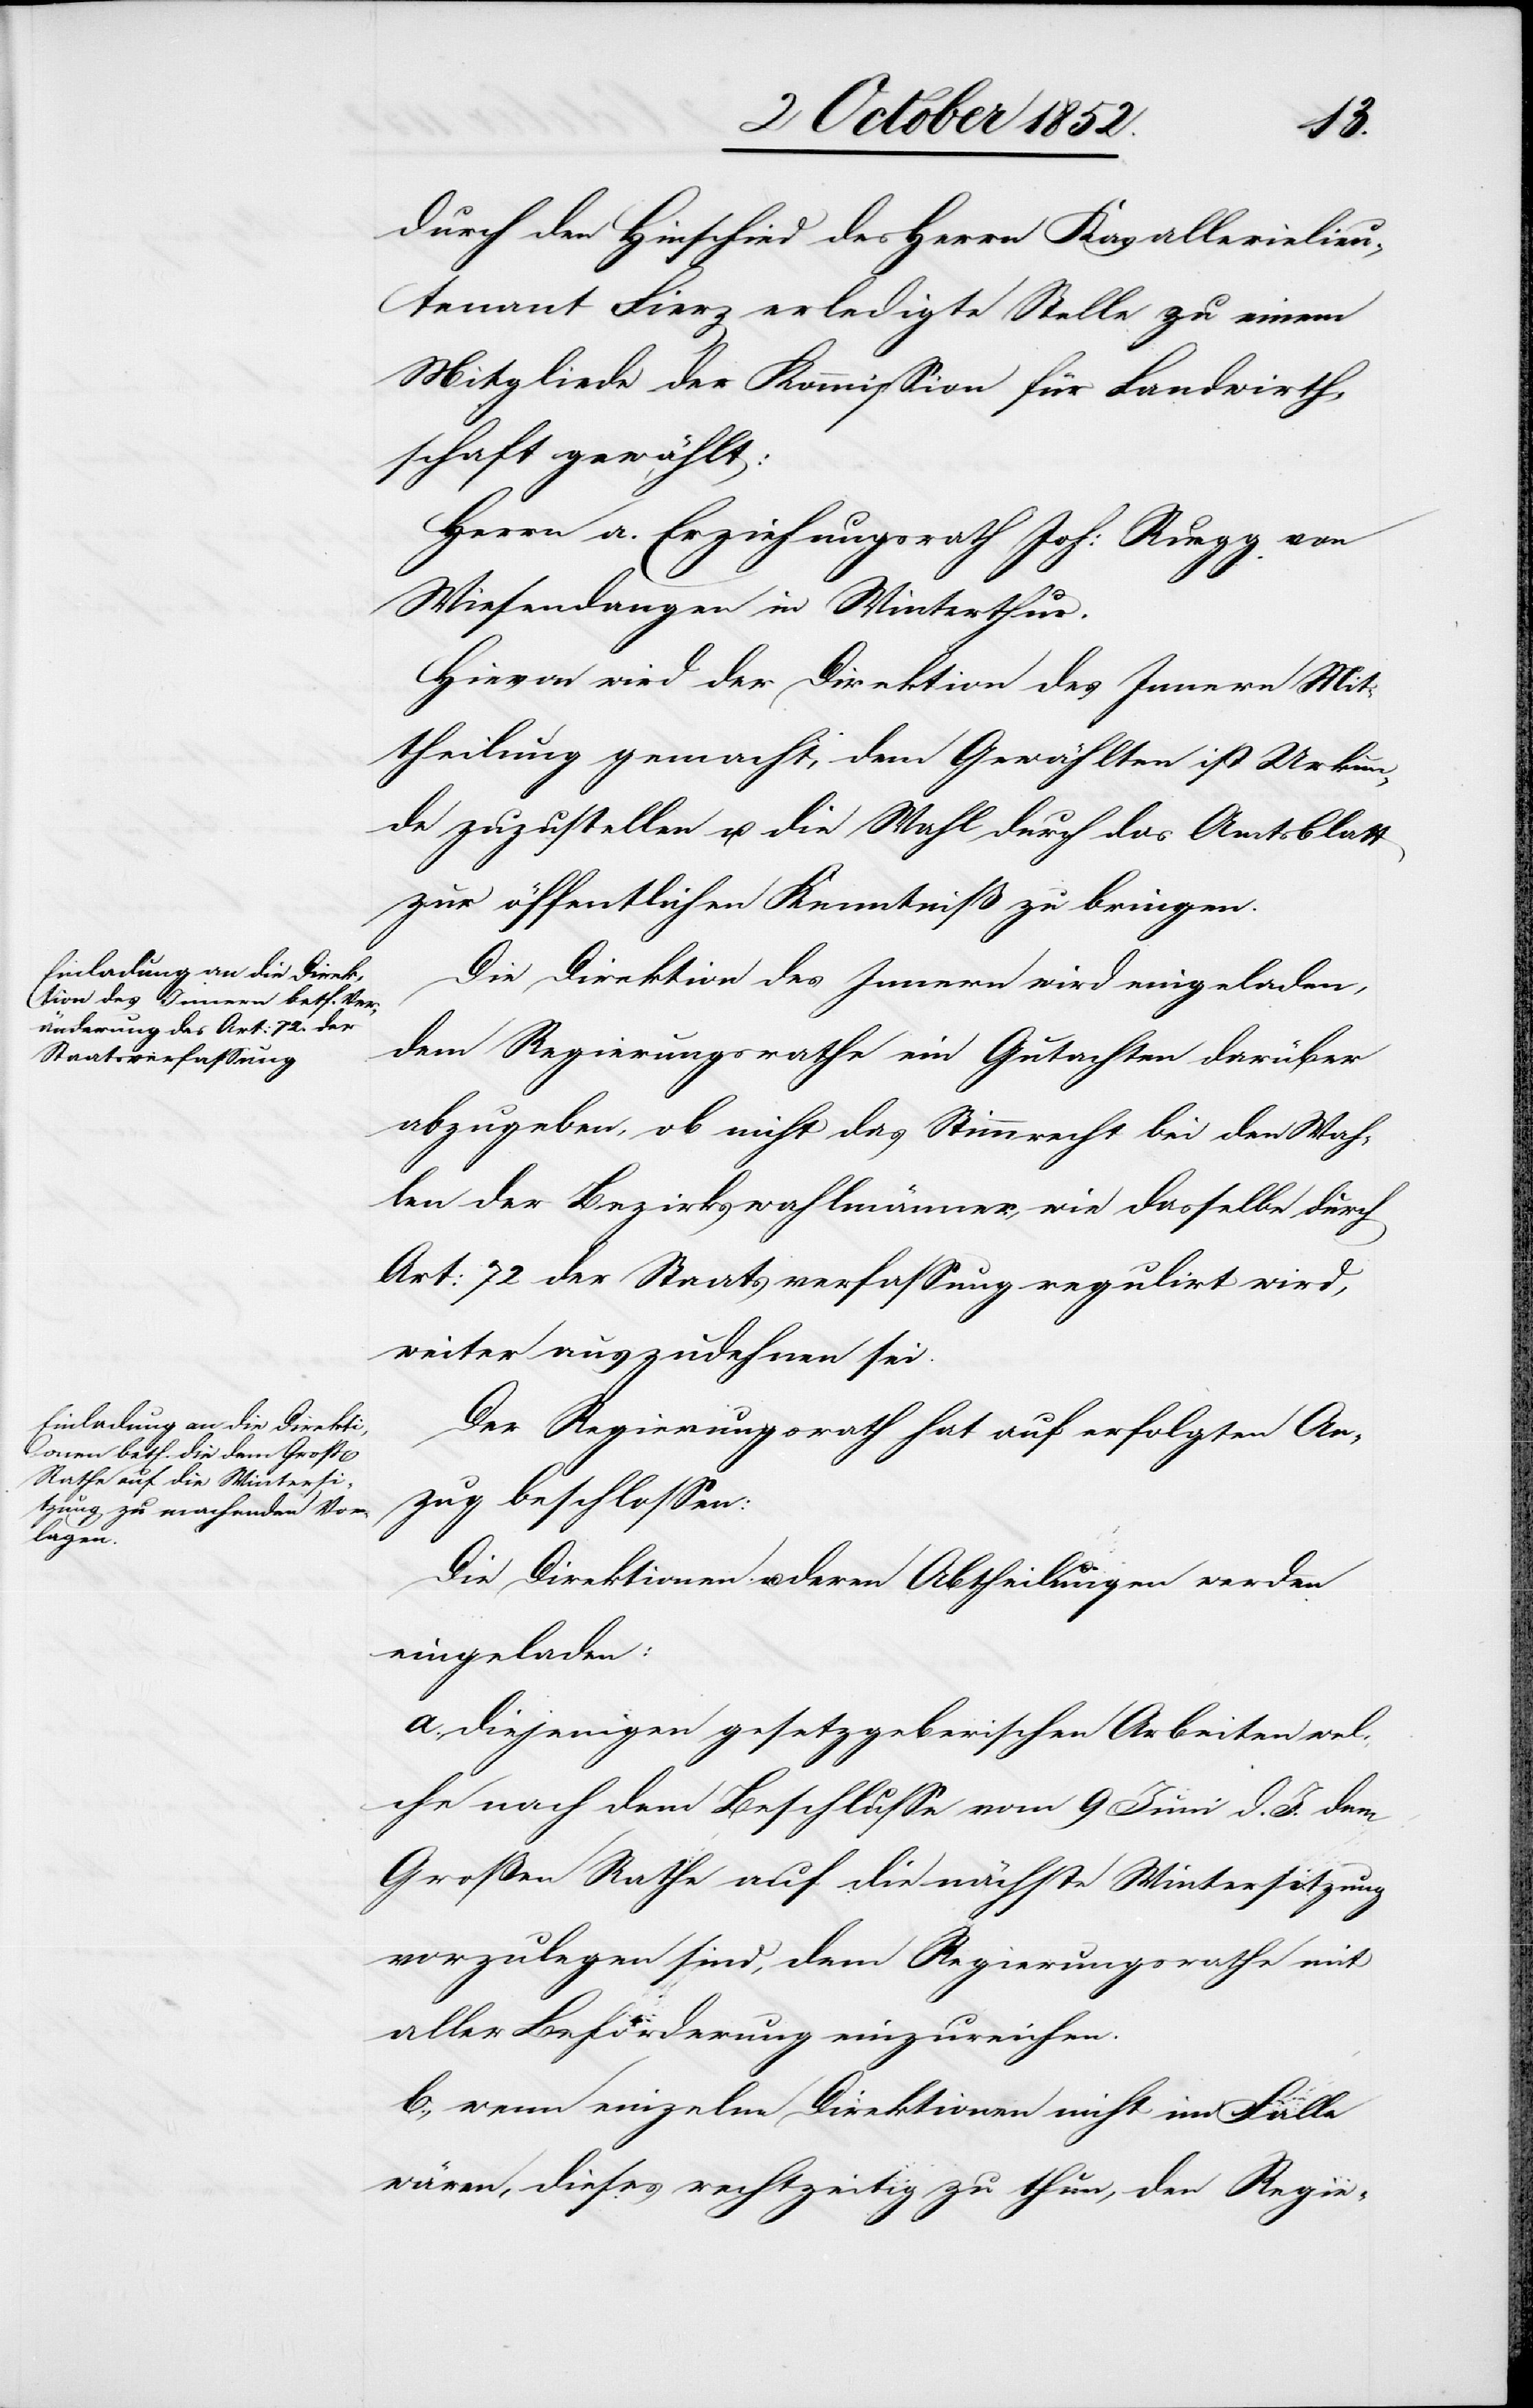
durch den Hinschied des Herrn Kavallerielieu¬
tenant Fierz erledigte Stelle zu einem
Mitgliede der Kommission für Landwirth¬
schaft gewählt:
Herrn a. Erziehungsrath Joh: Ruegg von
Wiesendangen in Winterthur.
Hievon wird der Direktion des Innern Mit¬
theilung gemacht, dem Gewählten ist Urkun¬
de zuzustellen u. die Wahl durch das Amtsblatt
zur öffentlichen Kenntniß zu bringen.
Die Direktion des Innern wird eingeladen,
dem Regierungsrathe ein Gutachten darüber
abzugeben, ob nicht das Stimmrecht bei den Wah¬
len der Bezirkswahlmänner, wie dasselbe durch
Art: 72 der Staatsverfassung regulirt wird,
weiter auszudehnen sei.
Der Regierungsrath hat auf erfolgten An¬
zug beschlossen:
Die Direktionen u. deren Abtheilungen werden
eingeladen:
a. diejenigen gesetzgeberischen Arbeiten wel¬
che nach dem Beschlusse vom 9 Juni d. J. dem
Großen Rathe auf die nächste Wintersitzung
vorzulegen sind, dem Regierungsrathe mit
aller Beförderung einzureichen.
b., wenn einzelne Direktionen nicht im Falle
wären, dieses rechtzeitig zu thun, den Regie-